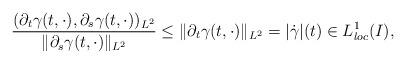
LaTeX: \begin{align*}\frac{(\partial_t\gamma(t,\cdot),\partial_s\gamma(t,\cdot))_{L^2}}{\|\partial_s\gamma(t,\cdot)\|_{L^2}}\leq \|\partial_t\gamma(t,\cdot)\|_{L^2}= |\dot{\gamma}|(t)\in L^1_{loc}(I),\end{align*}